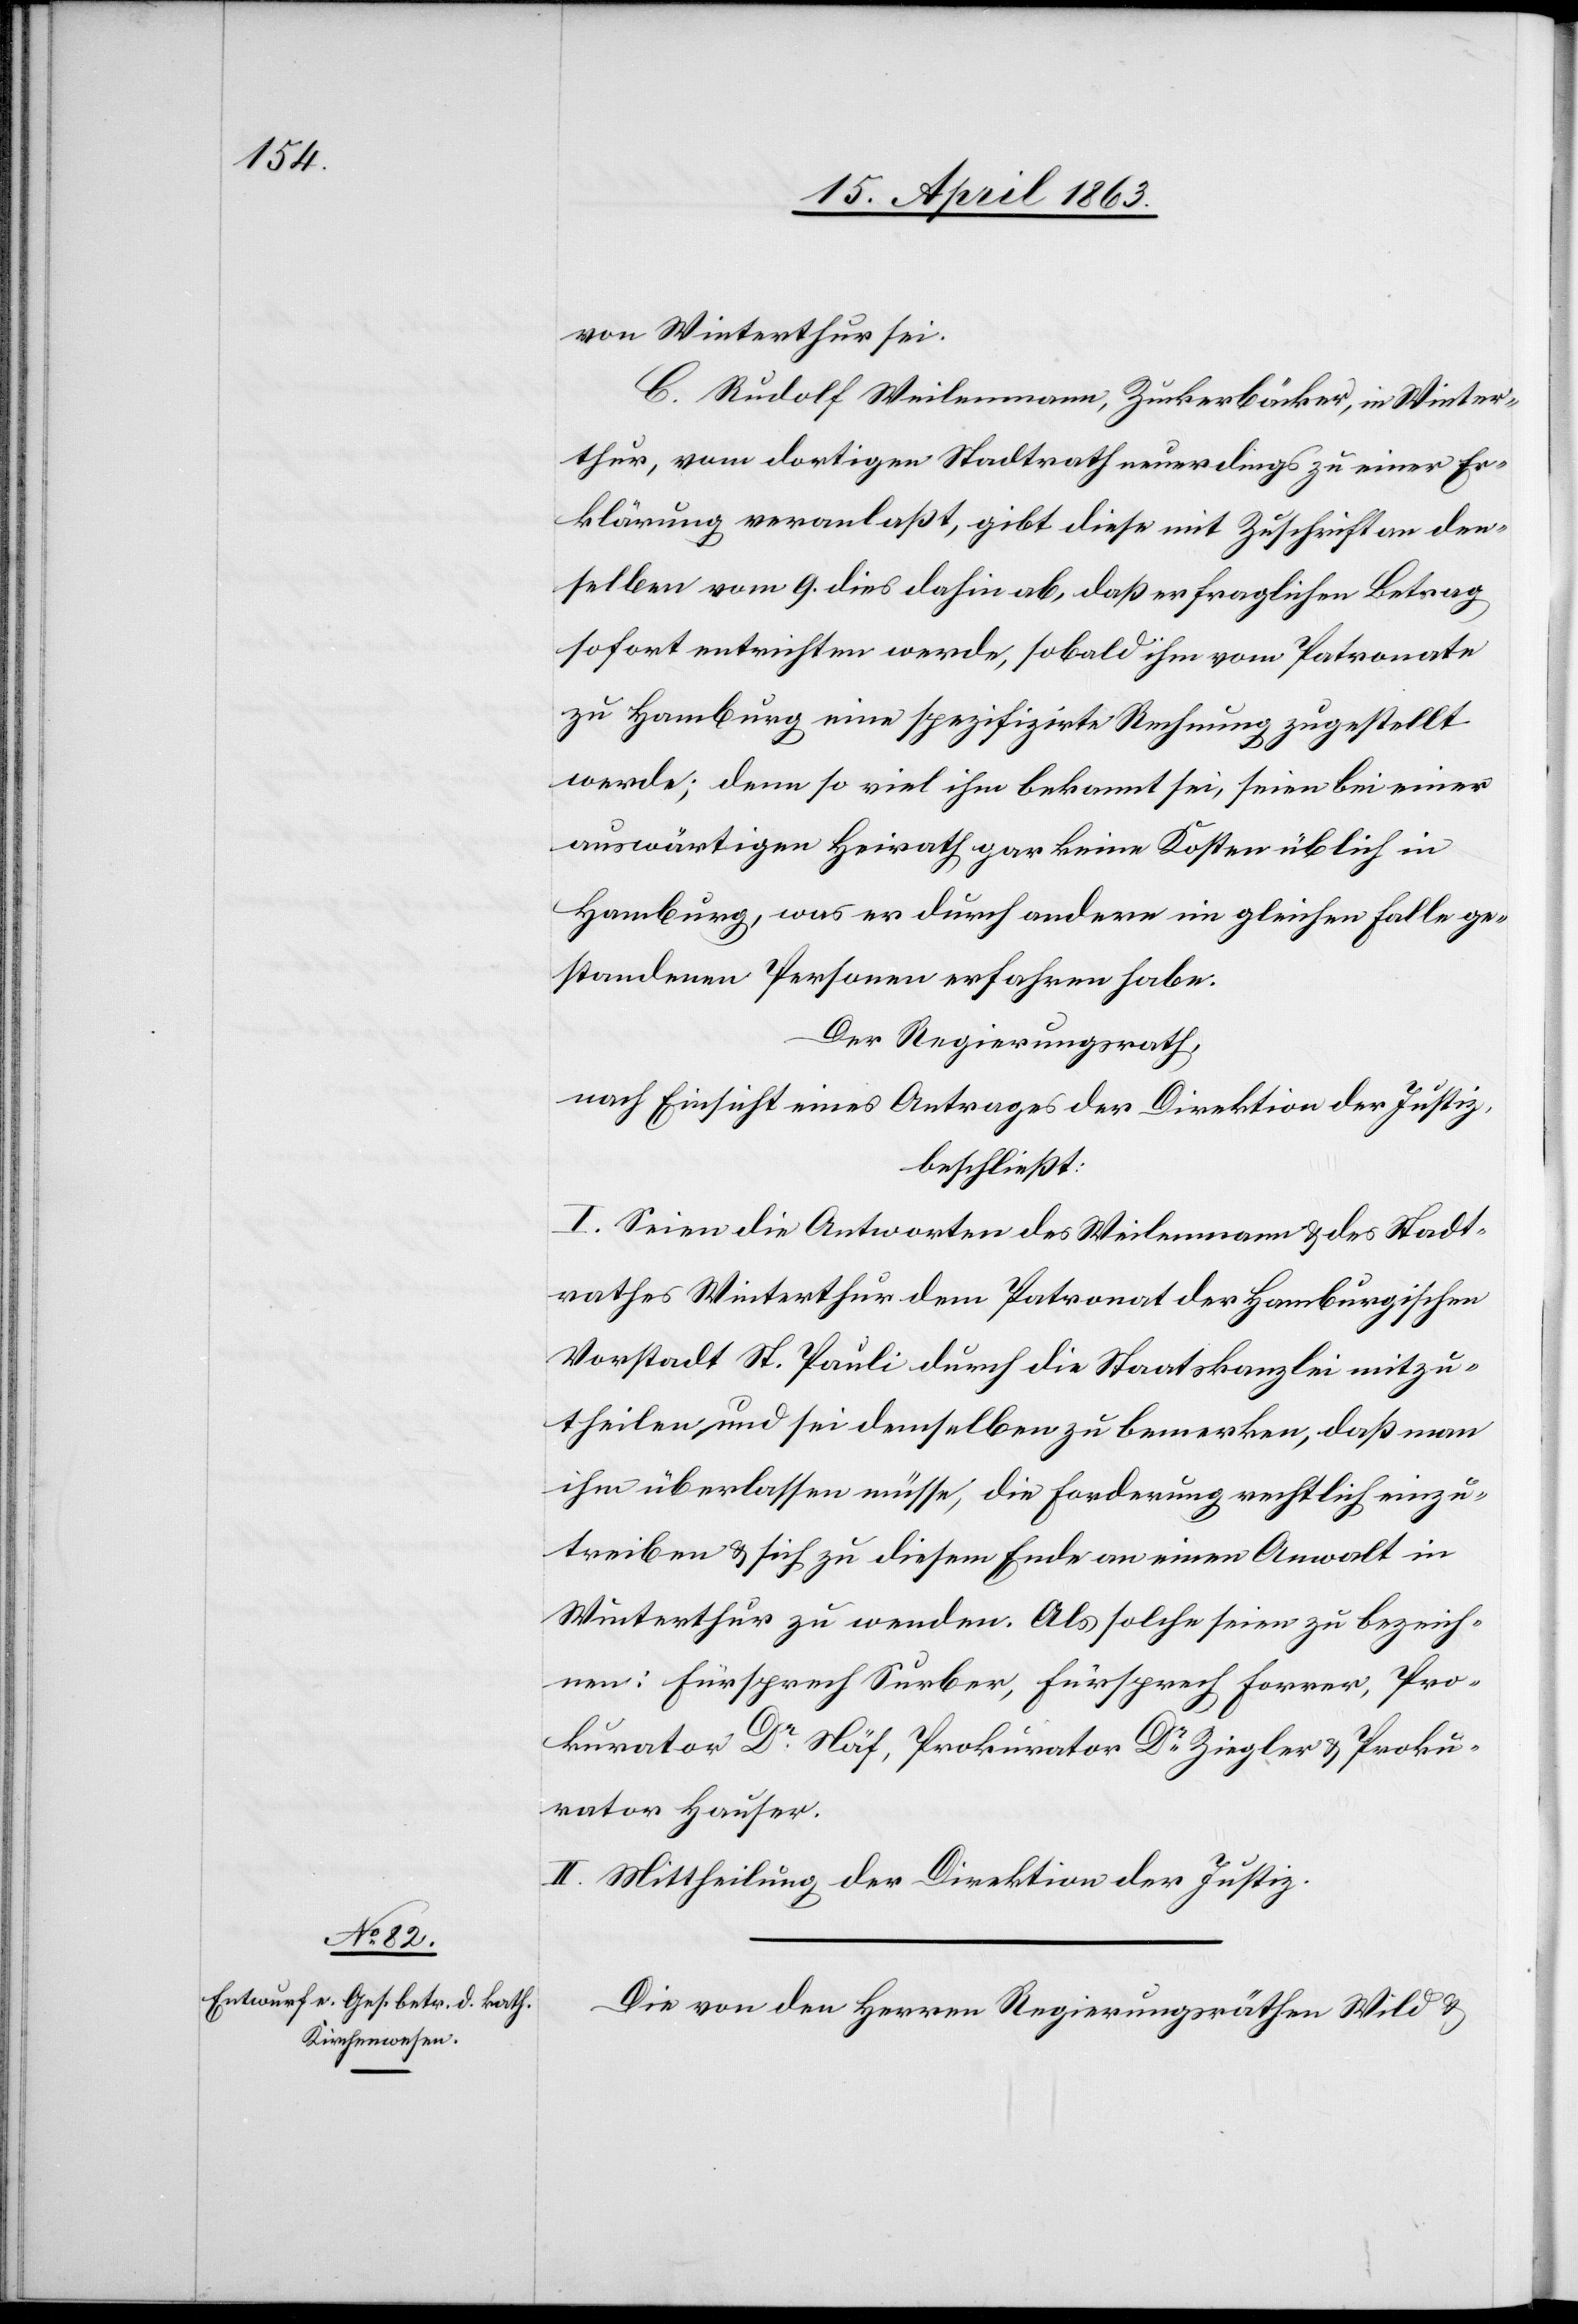
von Winterthur sei.
C. Rudolf Weilemann, Zuckerbäcker, in Winter¬
thur, vom dortigen Stadtrath neuerdings zu einer Er¬
klärung veranlaßt, gibt diese mit Zuschrift an den¬
selben vom 9. dies dahin ab, daß er fraglichen Betrag
sofort entrichten werde, sobald ihm vom Patronate
zu Hamburg eine spezifizirte Rechnung zugestellt
werde; denn so viel ihm bekannt sei, seien bei einer
auswärtigen Heirath gar keine Kosten üblich in
Hamburg, was er durch andere im gleichen Falle ge¬
standenen Personen erfahren habe.
Der Regierungsrath,
nach Einsicht eines Antrages der Direktion der Justiz,
beschließt:
I. Seien die Antworten des Weilemann & des Stadt¬
rathes Winterthur dem Patronat der Hamburgischen
Vorstadt St. Pauli durch die Staatskanzlei mitzu¬
theilen und sei demselben zu bemerken, daß man
ihm überlassen müsse, die Forderung rechtlich einzu¬
treiben & sich zu diesem Ende an einen Anwalt in
Winterthur zu wenden. Als solche seien zu bezeich¬
nen: Fürsprech Surber, Fürsprech Forrer, Pro¬
kurator Dr Näf, Prokurator Dr Ziegler & Proku¬
rator Hauser.
II. Mittheilung der Direktion der Justiz.
Die von den Herren Regierungsräthen Wild &